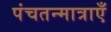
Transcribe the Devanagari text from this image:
पंचतन्मात्राएँ